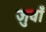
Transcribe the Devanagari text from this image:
जुवाँ